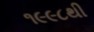
૧૯૯૮થી